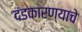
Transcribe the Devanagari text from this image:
दंडकारण्याचे